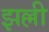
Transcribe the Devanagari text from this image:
झल्ली